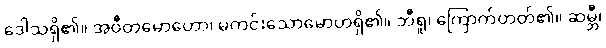
ဒေါသရှိ၏။ အဝီတမောဟော၊ မကင်းသောမောဟရှိ၏။ ဘီရူ၊ ကြောက်တတ်၏။ ဆမ္ဘီ၊